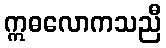
ဣဓလောကသညီ